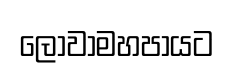
ලොවාමහපායට